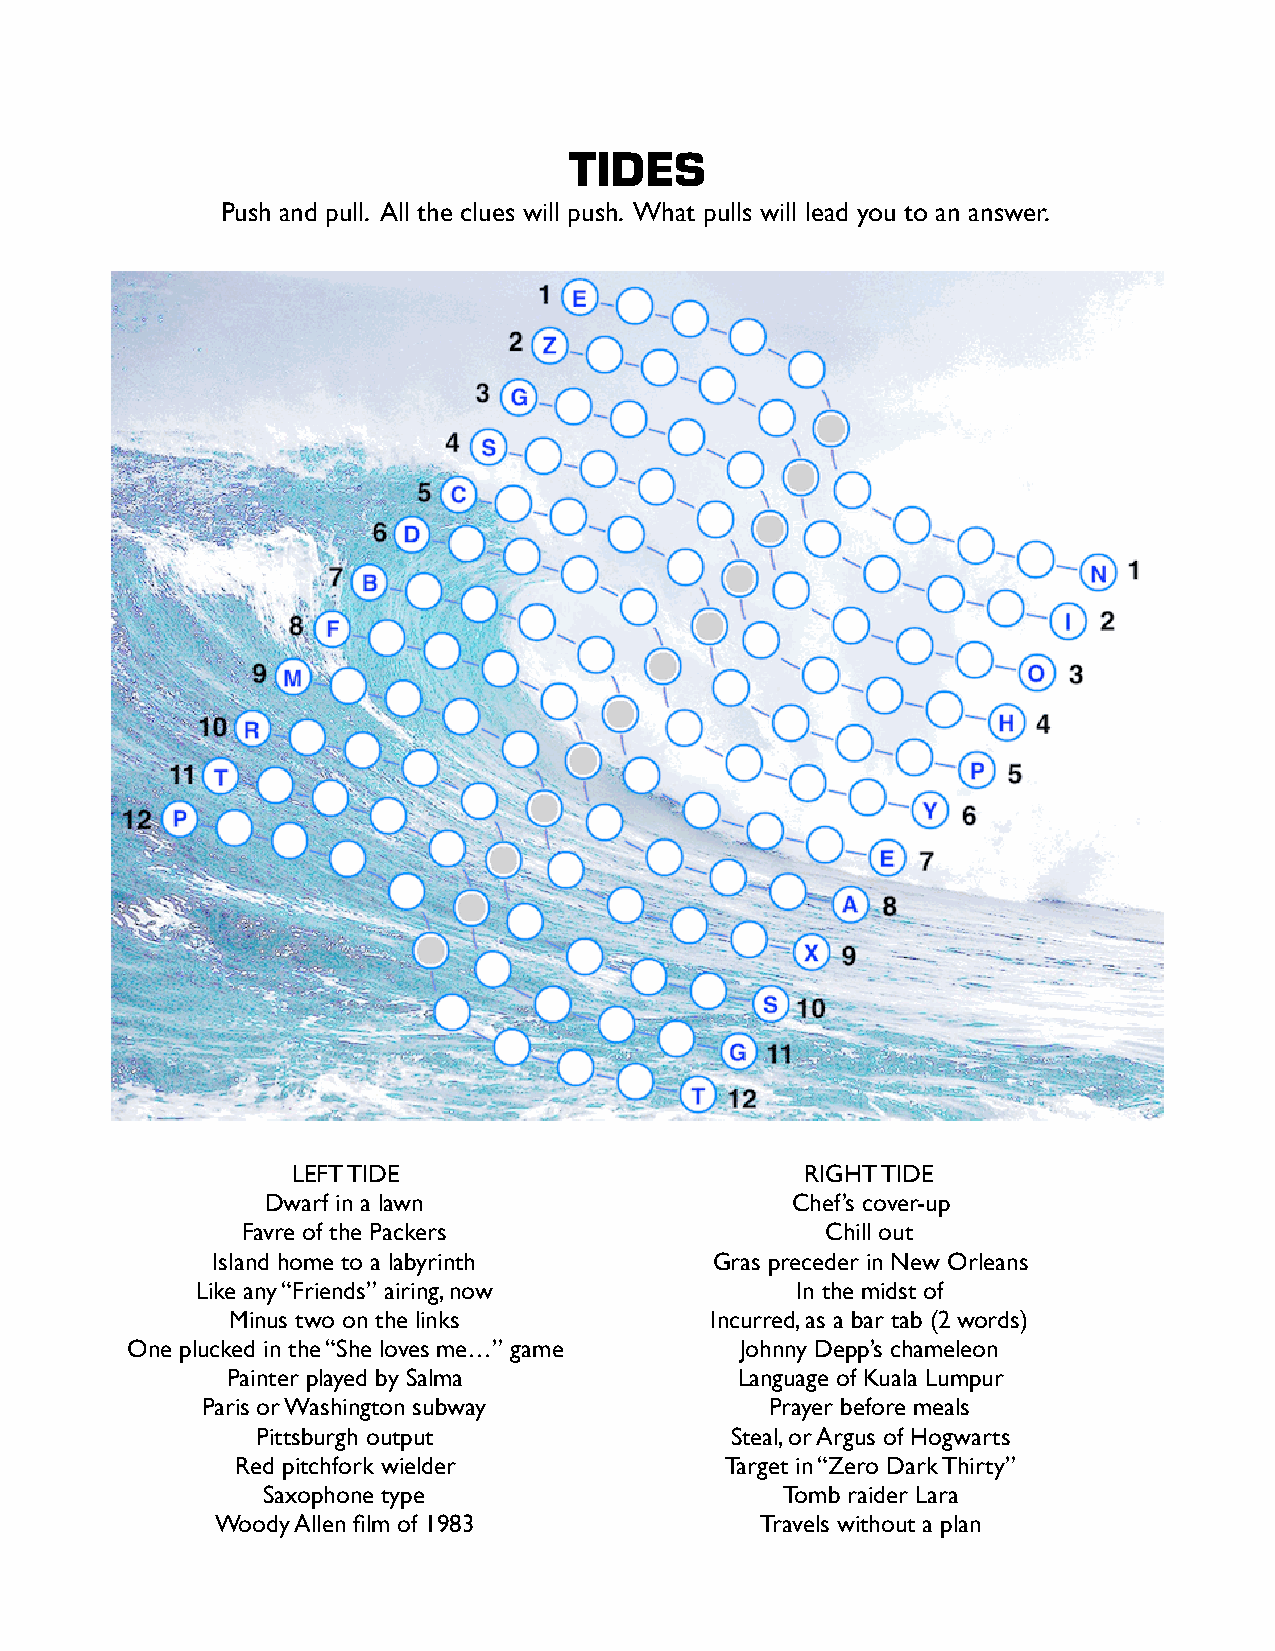
TIDES
 Push and pull. All the clues will push. What pulls will lead you to an answer.
 LEFT TIDE                         RIGHT TIDE
 Dwarf in a lawn                   Chef’s cover-up
 Favre of the Packers                   Chill out
 Island home to a labyrinth       Gras preceder in New Orleans
 Like any “Friends” airing, now          In the midst of
 Minus two on the links          Incurred, as a bar tab (2 words)
 One plucked in the “She loves me…” game  Johnny Depp’s chameleon
 Painter played by Salma           Language of Kuala Lumpur
 Paris or Washington subway            Prayer before meals
 Pittsburgh output              Steal, or Argus of Hogwarts
 Red pitchfork wielder           Target in “Zero Dark Thirty”
 Saxophone type                     Tomb raider Lara
 Woody Allen film of 1983            Travels without a plan